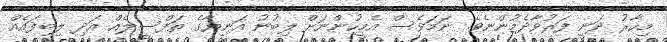
މިހާރު ދަނީ ފަރުވާދެމުންނެވެ. ނަމަވެސް އެމީހުންނަށް ލިބުނު އަނިޔާގެ ތަފްސީލެއް އަދި ލިބިފައެއް